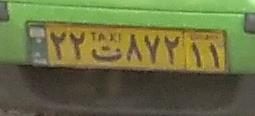
۲۲ت۸۷۲۱۱